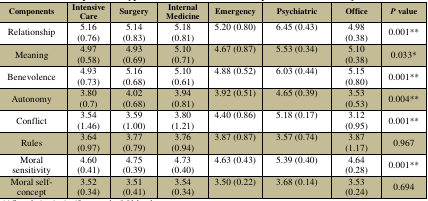
<table><thead><tr><td><b>Components</b></td><td><b>Intensive Care</b></td><td><b>Surgery</b></td><td><b>Internal Medicine</b></td><td><b>Emergency</b></td><td><b>Psychiatric</b></td><td><b>Office</b></td><td><b><i>P</i> value</b></td></tr></thead><tbody><tr><td>Relationship</td><td>5.16 (0.76)</td><td>5.14 (0.83)</td><td>5.18 (0.81)</td><td>5.20 (0.80)</td><td>6.45 (0.43)</td><td>4.98 (0.38)</td><td>0.001**</td></tr><tr><td>Meaning</td><td>4.97 (0.58)</td><td>4.93 (0.69)</td><td>5.10 (0.71)</td><td>4.67 (0.87)</td><td>5.53 (0.34)</td><td>5.10 (0.38)</td><td>0.033*</td></tr><tr><td>Benevolence</td><td>4.93 (0.73)</td><td>5.16 (0.68)</td><td>5.10 (0.61)</td><td>4.88 (0.52)</td><td>6.03 (0.44)</td><td>5.15 (0.80)</td><td>0.001**</td></tr><tr><td>Autonomy</td><td>3.80 (0.7)</td><td>4.02 (0.68)</td><td>3.94 (0.81)</td><td>3.92 (0.51)</td><td>4.65 (0.39)</td><td>3.53 (0.53)</td><td>0.004**</td></tr><tr><td>Conflict</td><td>3.54 (1.46)</td><td>3.59 (1.00)</td><td>3.80 (1.21)</td><td>4.40 (0.86)</td><td>5.18 (0.17)</td><td>3.12 (0.95)</td><td>0.001**</td></tr><tr><td>Rules</td><td>3.64 (0.97)</td><td>3.77 (0.79)</td><td>3.76 (0.94)</td><td>3.87 (0.87)</td><td>3.57 (0.74)</td><td>3.87 (1.17)</td><td>0.967</td></tr><tr><td>Moral sensitivity</td><td>4.60 (0.41)</td><td>4.75 (0.39)</td><td>4.73 (0.40)</td><td>4.63 (0.43)</td><td>5.39 (0.40)</td><td>4.64 (0.28)</td><td>0.001**</td></tr><tr><td>Moral self-concept</td><td>3.52 (0.34)</td><td>3.51 (0.41)</td><td>3.54 (0.34)</td><td>3.50 (0.22)</td><td>3.68 (0.14)</td><td>3.53 (0.24)</td><td>0.694</td></tr></tbody></table>